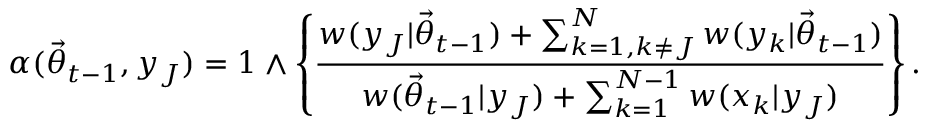
\alpha ( \ensuremath { \vec { \theta } } _ { t - 1 } , y _ { J } ) = 1 \wedge \left\{ \frac { w ( y _ { J } | \ensuremath { \vec { \theta } } _ { t - 1 } ) + \sum _ { k = 1 , k \neq J } ^ { N } w ( y _ { k } | \ensuremath { \vec { \theta } } _ { t - 1 } ) } { w ( \ensuremath { \vec { \theta } } _ { t - 1 } | y _ { J } ) + \sum _ { k = 1 } ^ { N - 1 } w ( x _ { k } | y _ { J } ) } \right\} .